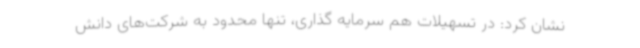
نشان کرد: در تسهیلات هم سرمایه گذاری، تنها محدود به شرکت‌های دانش